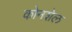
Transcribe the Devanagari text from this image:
कोनशेल